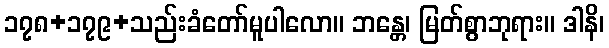
၁၇၈+၁၇၉+သည်းခံတော်မူပါလော။ ဘန္တေ၊ မြတ်စွာဘုရား။ ဒါနိ၊